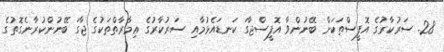
28. ސަރުކާރުގެ އޮފީސްތަކަށް ބޭނުންވާ އޮފީސްޖާގަ ކަނޑައެޅުމާއި ސަރުކާރުގެ ޢިމާރާތްތަކުގެ ޖާގަ ބޭނުންކުރާނެގޮތުގެ